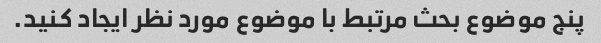
پنج موضوع بحث مرتبط با موضوع مورد نظر ایجاد کنید.